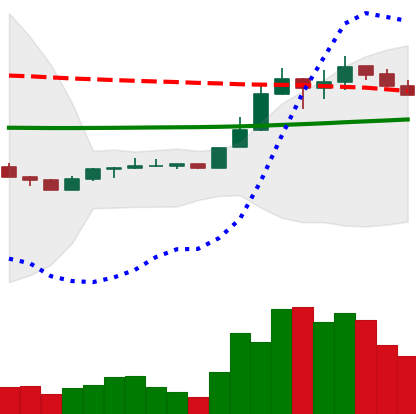
Ticker: LINK-USD
Chart end date: 2020-04-15
Forward return: 10.524%
Label: up_7plus